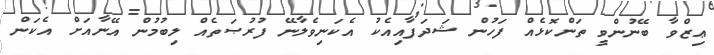
ޢިޒްވާ ބޭނުންވީ ތަންކޮޅެއް ފަހުން ޝަދަފާއިއެކު އެކަނިވެލާނޭ ފުރުޞަތެއް ލިބުމުން އޭނާއަށް އެކަން